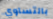
بالتساوي